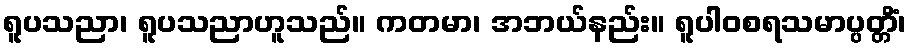
ရူပသညာ၊ ရူပသညာဟူသည်။ ကတမာ၊ အဘယ်နည်း။ ရူပါဝစရသမာပ္ပတ္တိံ၊